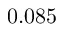
0 . 0 8 5